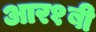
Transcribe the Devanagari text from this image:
आर१बी